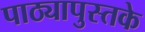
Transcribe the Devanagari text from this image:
पाठ्यापुस्तके